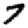
Digit: 7